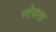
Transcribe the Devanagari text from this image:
पत्तेवाला